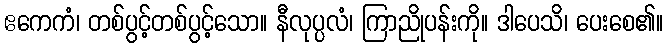
ဧကေကံ၊ တစ်ပွင့်တစ်ပွင့်သော။ နီလုပ္ပလံ၊ ကြာညိုပန်းကို။ ဒါပေသိ၊ ပေးစေ၏။